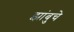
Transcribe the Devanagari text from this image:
झांबुचे